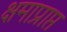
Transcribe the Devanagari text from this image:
क्षमाप्राप्त